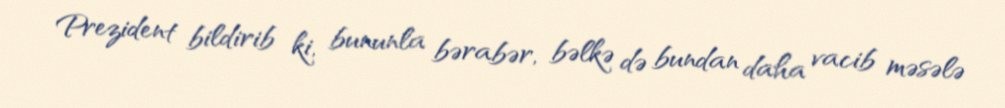
Prezident bildirib ki, bununla bərabər, bəlkə də bundan daha vacib məsələ